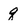
Character: q